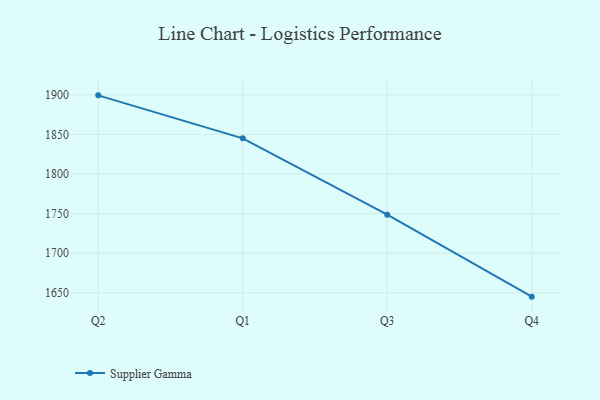
{"axis": {"x": "Quarter", "y": "Inventory Turnover"}, "legend": ["Supplier Gamma"], "data": [{"x": "Q2", "y": 1899.2, "type": "Supplier Gamma"}, {"x": "Q1", "y": 1844.9, "type": "Supplier Gamma"}, {"x": "Q3", "y": 1748.6, "type": "Supplier Gamma"}, {"x": "Q4", "y": 1645.1, "type": "Supplier Gamma"}]}